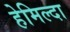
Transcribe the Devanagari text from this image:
हेमिल्दा